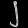
Digit: ၂